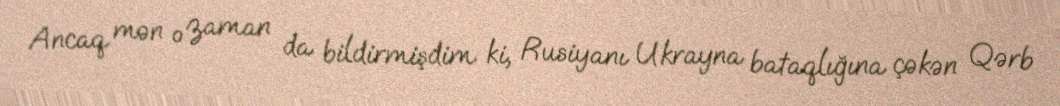
Ancaq mən o zaman da bildirmişdim ki, Rusiyanı Ukrayna bataqlığına çəkən Qərb